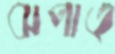
ঝপাত্